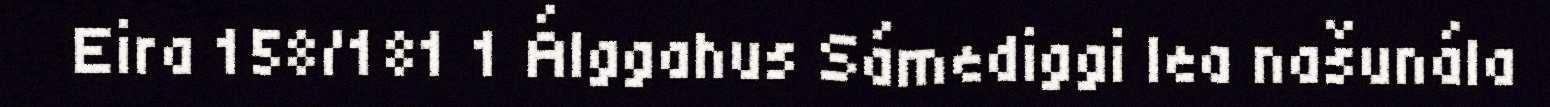
Eira 158/181 1 Álggahus Sámediggi lea našunála